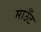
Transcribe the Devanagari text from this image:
माउँट